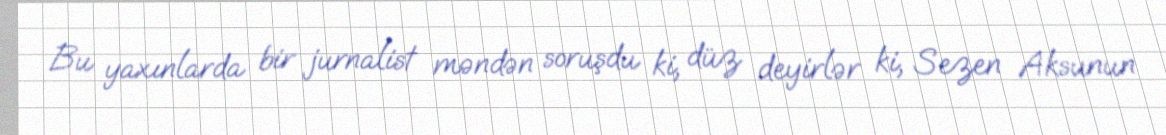
Bu yaxınlarda bir jurnalist məndən soruşdu ki, düz deyirlər ki, Sezen Aksunun